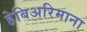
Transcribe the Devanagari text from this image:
हेबिअरिमाना